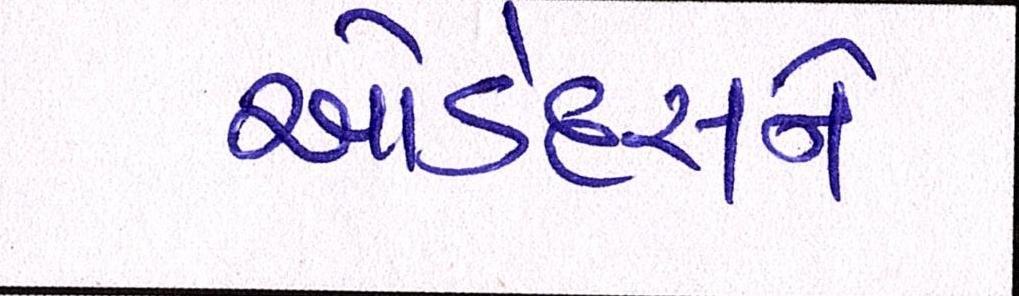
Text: ઓડેદરાને